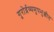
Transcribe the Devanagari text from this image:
गुरोर्द्रव्यमुपभुञ्जीत